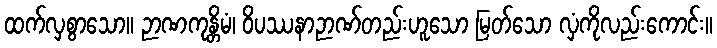
ထက်လှစွာသော။ ဉာဏကုန္တိမံ၊ ဝိပဿနာဉာဏ်တည်းဟူသော မြတ်သော လှံကိုလည်းကောင်း။